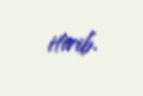
itirib.